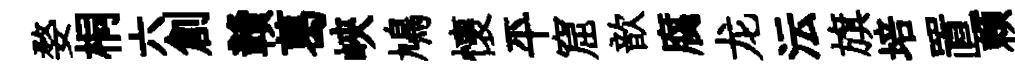
婺桐六創贛葛峽鳩懷平窟歆腐龙沄旗培置頼